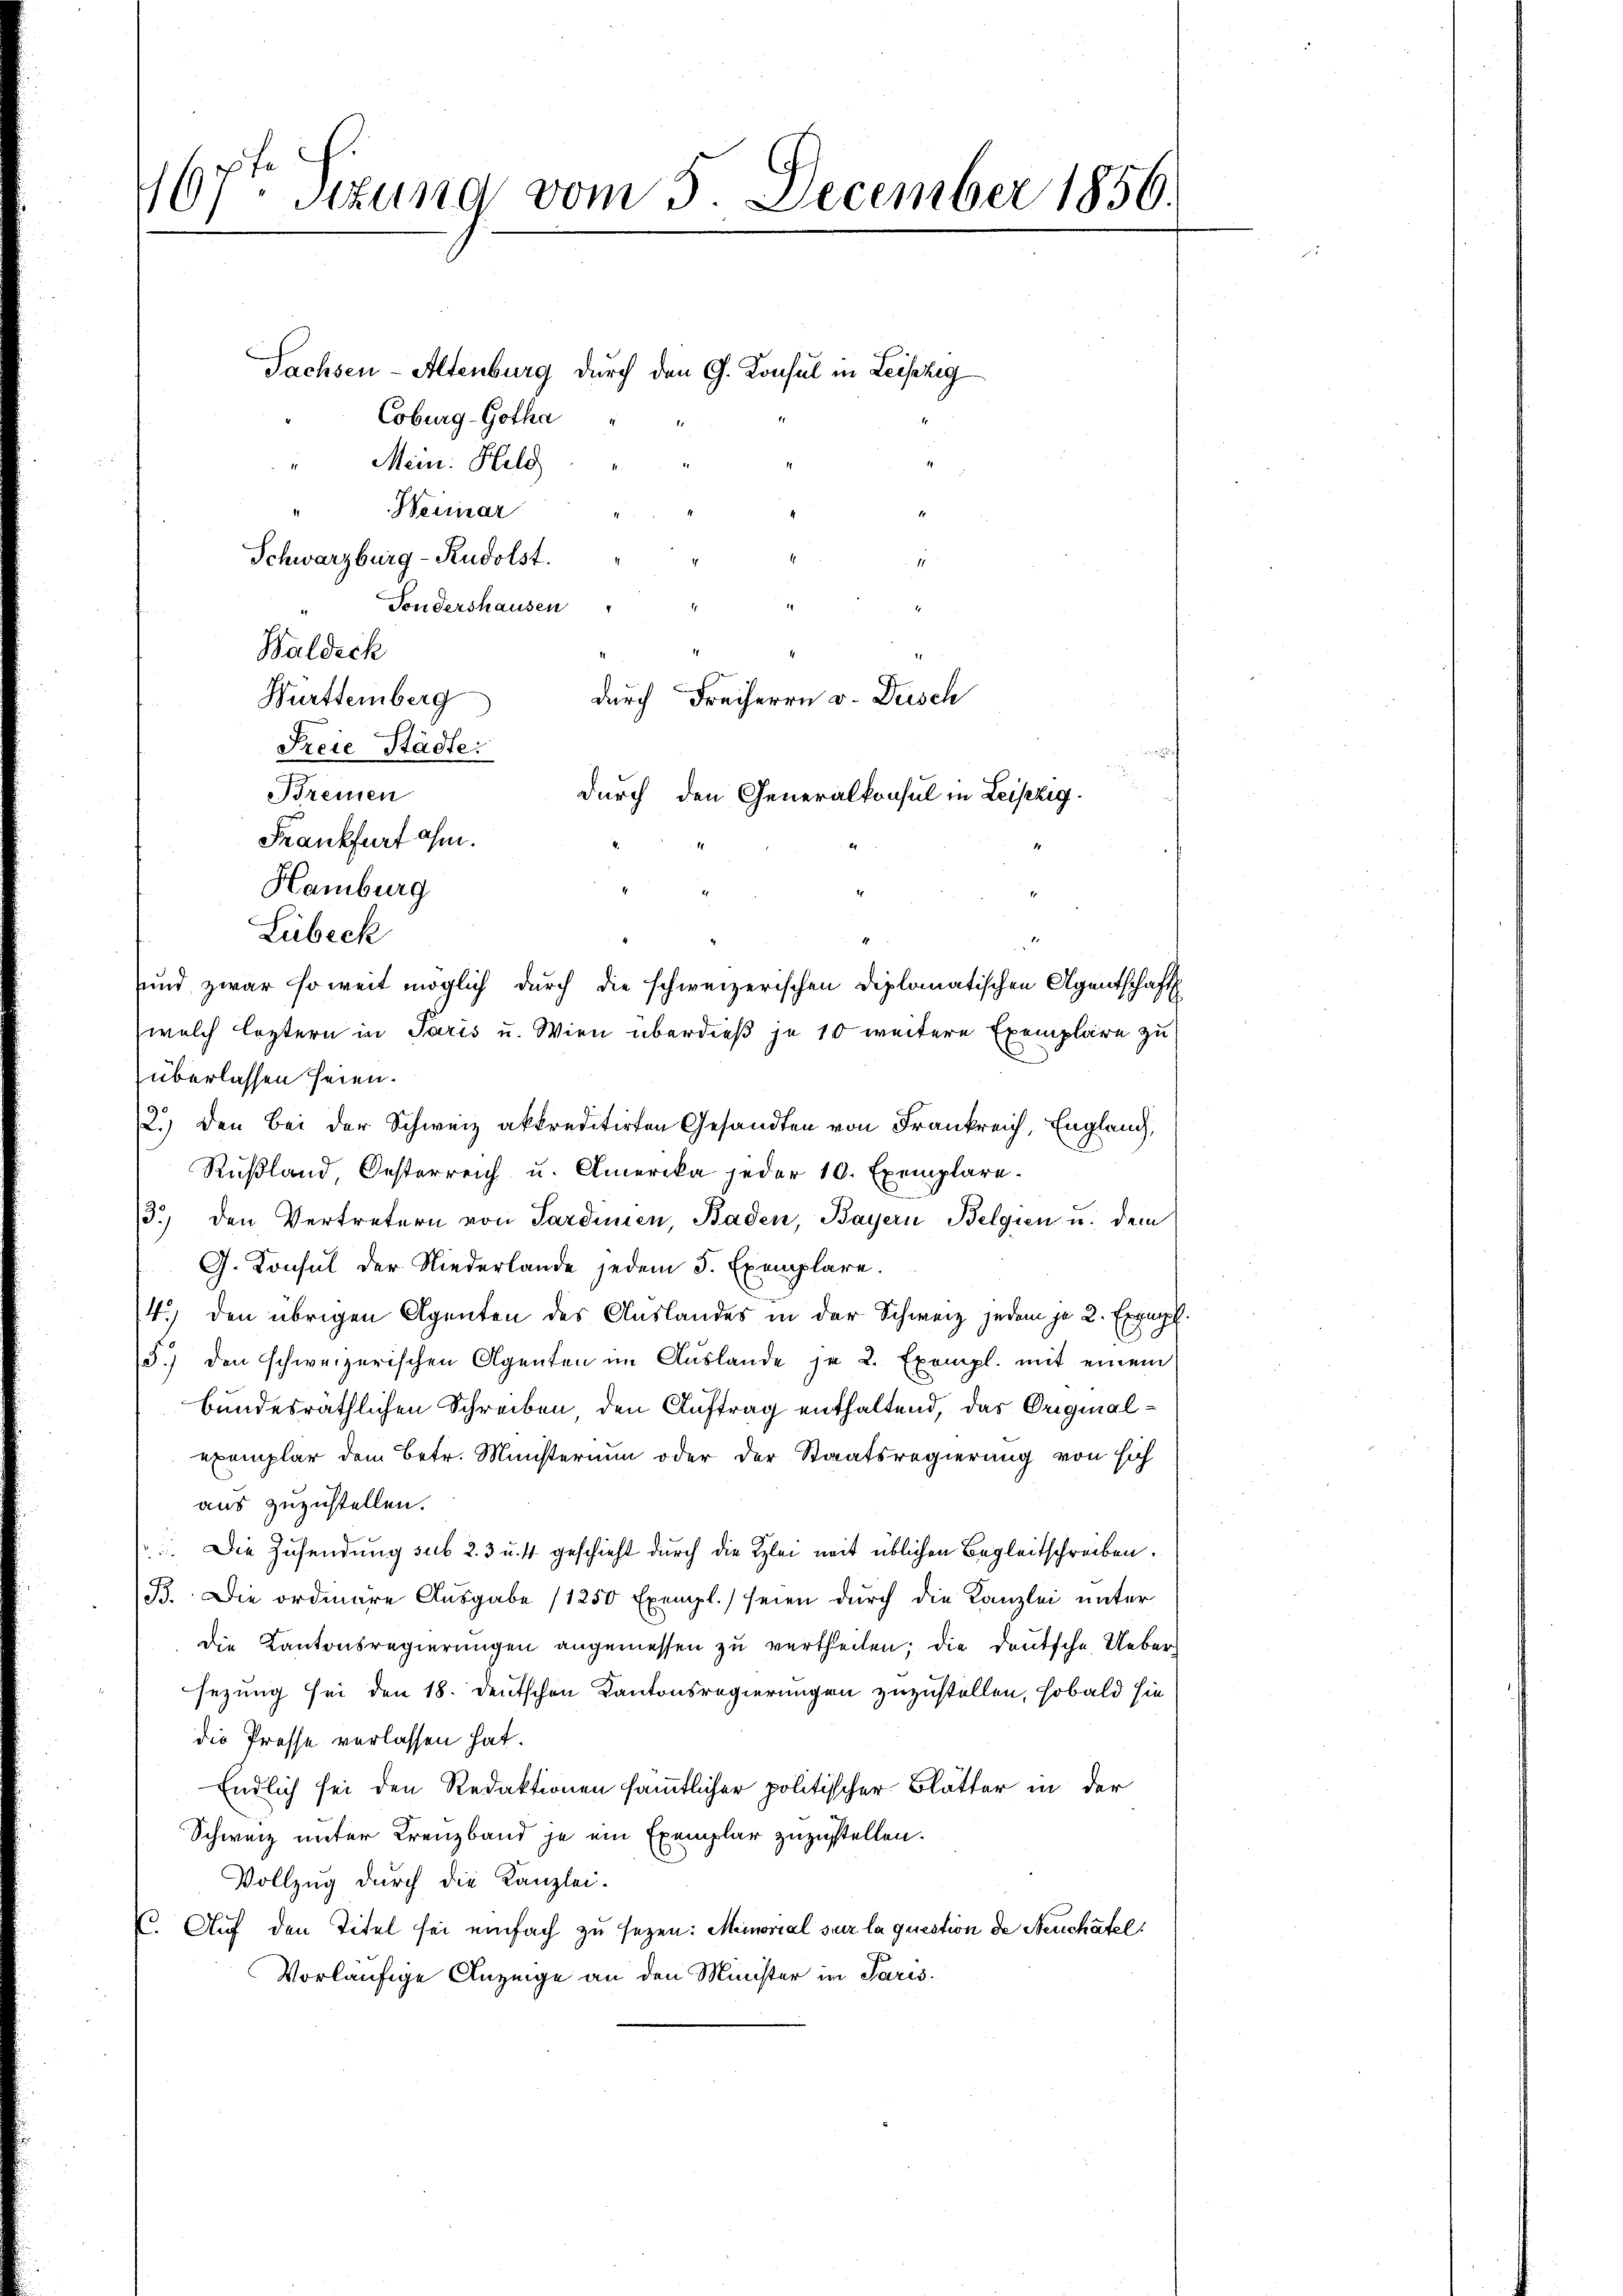
167ten Sitzung vom 5. December 1856.

Sachsen-Altenburg durch den G. Konsul in Leipzig
Coburg - Gotha
" Mein: Held
Weinar
1
Schwarzburg - Rudolst.

Tondershausen
Waldsch
Württemberg
durch Freiherrn v. Desch
Freie Städte.
Bremen
durch den Generalkonsul in Leipzig.
Frankfurt ahm.
Hamburg
überlassen seien.
2.) Den Bei der Schweiz akkreditirten Gesandten von Frankreich, England,
Rußland, Oesterreich u. Amerika jeder 10. Exemplare.
3.) den Vertretern von Sardinien, Baden, Bayern Belgien u. dem
G. Konsul der Niederlande jedem 5. Exemplare.
14.) den übrigen Agenten des Auslandes in der Schweiz jedem je 2. Expert.
5.) den schweizerischen Agenten im Auslande je 2 Exempl. mit einem
bundesräthlichen Schreiben den Auftrag enthaltend, das Originalexemplar dem Betr. Münsterium oder der Staatsregierung von sich
aus zuzustellen.
. Die Zusendung sub 23 u. 4 geschieht durch die Klei mit üblichen Begleitschreiben.
B. Die ordnere Ausgabe (1250 Exempl. seien durch die Kanzlei unter
die Kantonsregierungen angemessen zu vertheilen; die deutsche Ueber
sezung sei den 18. deutschen Kantonsregierungen zuzustellen, sobald sie
die Presse verlassen hat.
Endlich sei den Redaktionen sämmtlicher politischer Blätter in der
Schweiz unter Kreuzband je ein Exemplar zuzustellen.
Vollzug durch die Kanzlei-
E. Auf den Titel sei einfach zu sezen: Meinorial sur la question de Neuchatel
Vorläufige Anzeige an den Minister in Paris¬

Lübeck

und zwar soweit möglich durch die schweizerischen Diplomatischen Agentschaft
welch leztern in Paris u. Wien überdieß je 10 weitere Exemplare zu